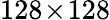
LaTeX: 128\! \times\! 128